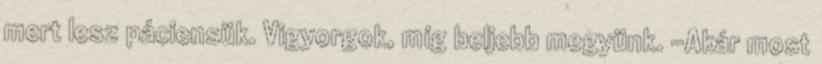
mert lesz páciensük. Vigyorgok, míg beljebb megyünk. -Akár most